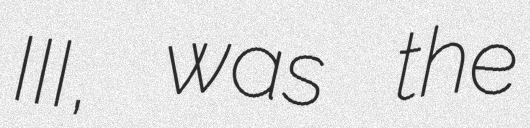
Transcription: III, was the